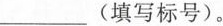
___(填写标号)。